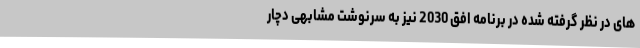
های در نظر گرفته شده در برنامه افق 2030 نیز به سرنوشت مشابهی دچار